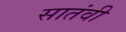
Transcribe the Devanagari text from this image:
सातंवी